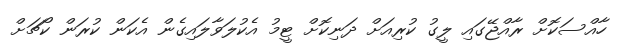
ހާއްސަކޮށް ރާއްޖޭގައި ލީގު ކުރިއަށް ދަނިކޮށް ޓީމު އެކުލަވާލައިގެން އެކަން ކުރަން ކޯޗަށް